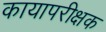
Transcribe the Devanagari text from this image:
कायापरीक्षक